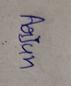
Signature authenticity: genuine